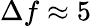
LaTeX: \Delta f\approx 5